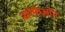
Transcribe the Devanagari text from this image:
सोफेऑन